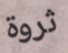
ثروة